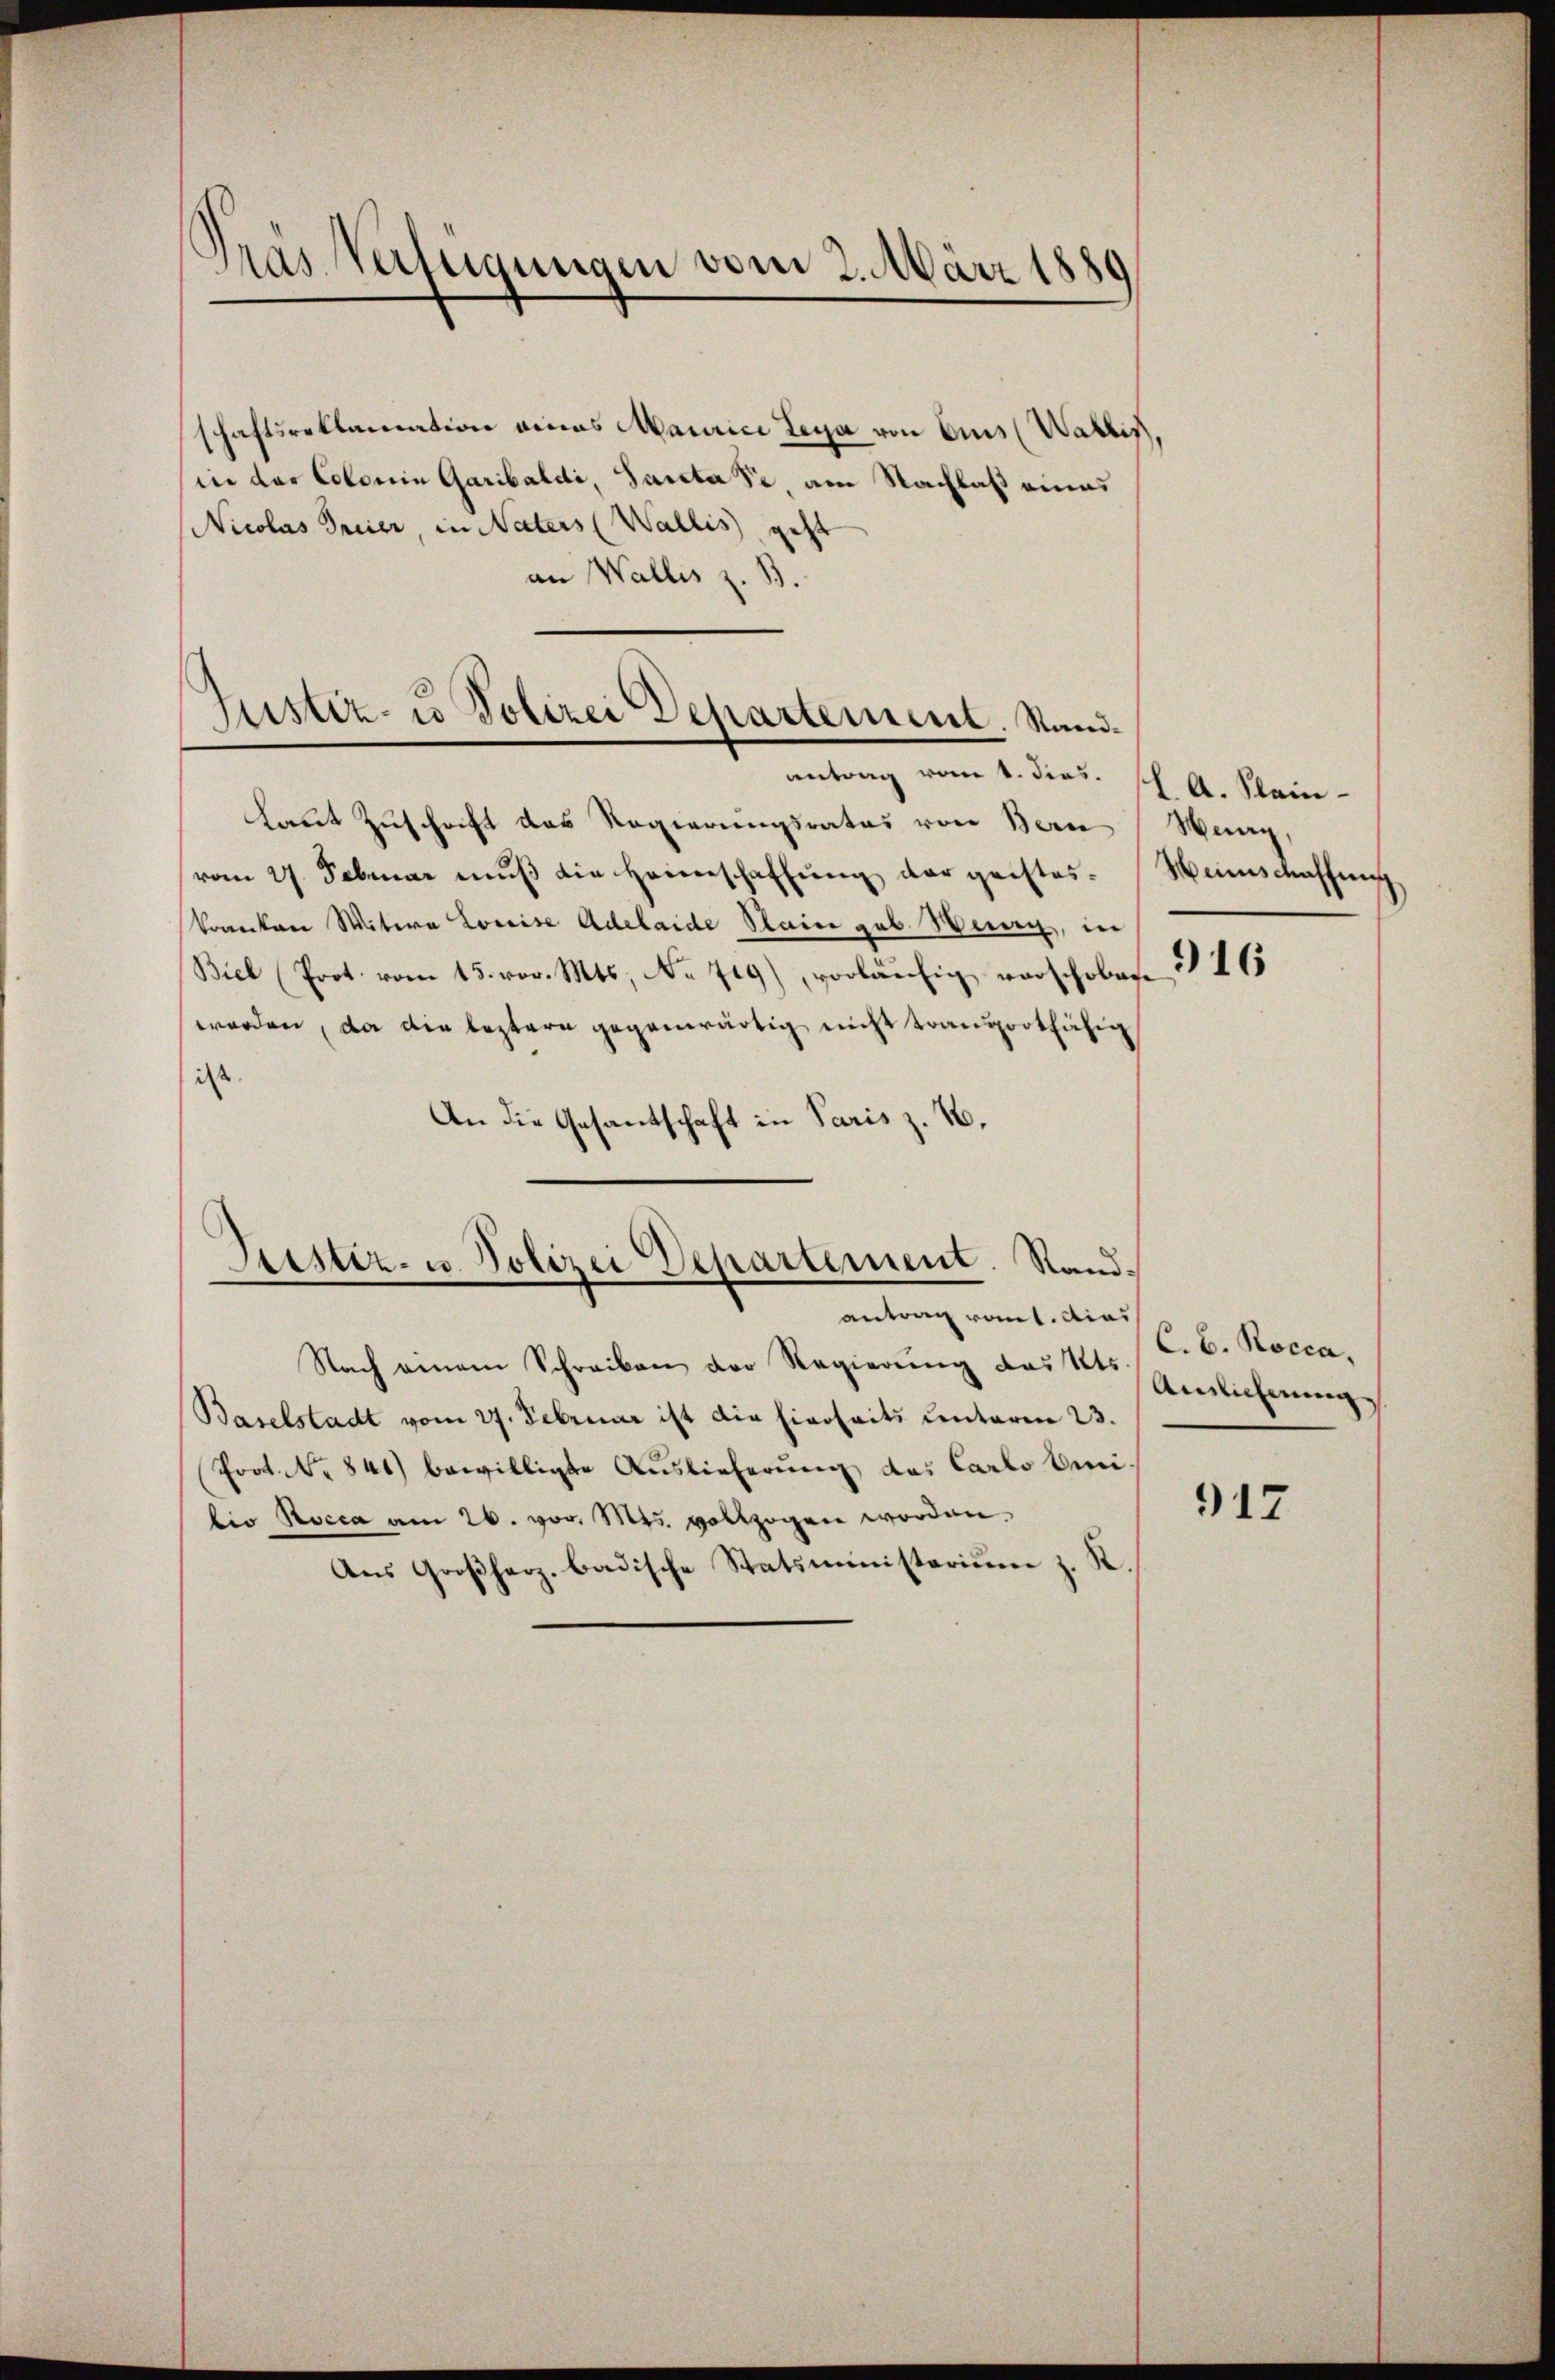
)
Pras Verfügungen vom 2. März 1889

schaftsreklamation eines Maurici Leya von Eins (Wallis,
in der Colonia Garibaldi, Sancta se, am Nachlaß eines
Nicolas Freier, in Naters (Wallis, geht
an Wallis z. B.

Justiz- u Polizei Departement. Standantrag vom 1. dies. J. A. Klein

laut Zuschrift das Regierungsrates von Bern Waagvom 27. Februar mŭβ die Heimschaffŭng der geistes-Weinschaffŭng
kranken Witwe Louise Adelaide Plain geb. Weg, in
Biel (Prot. vom 15. vor. Mts. No 719), vorläŭfig vorschoben § 165
worden, da die leztere gegenwärtig nicht trangortfähig
ist.
An die Gesandschaft in Paris z. B.

Piustiz- u. Polizei Departement. Sandantrag vomt. Dies

Nach einem Schreiben der Regierŭng das St. Gelicherung
Baselstadt vom 27. Februar ist die hierseits unteren 23.
Prot. No 841) bewilligte Auslieferung das Carlo Omilio Rocca am 26. vor. Mts. vollzogen worden.
Aus Großherz. badische Statsministerium z. K.

C. B. Rocca,

917